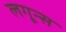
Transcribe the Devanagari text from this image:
लगून्स